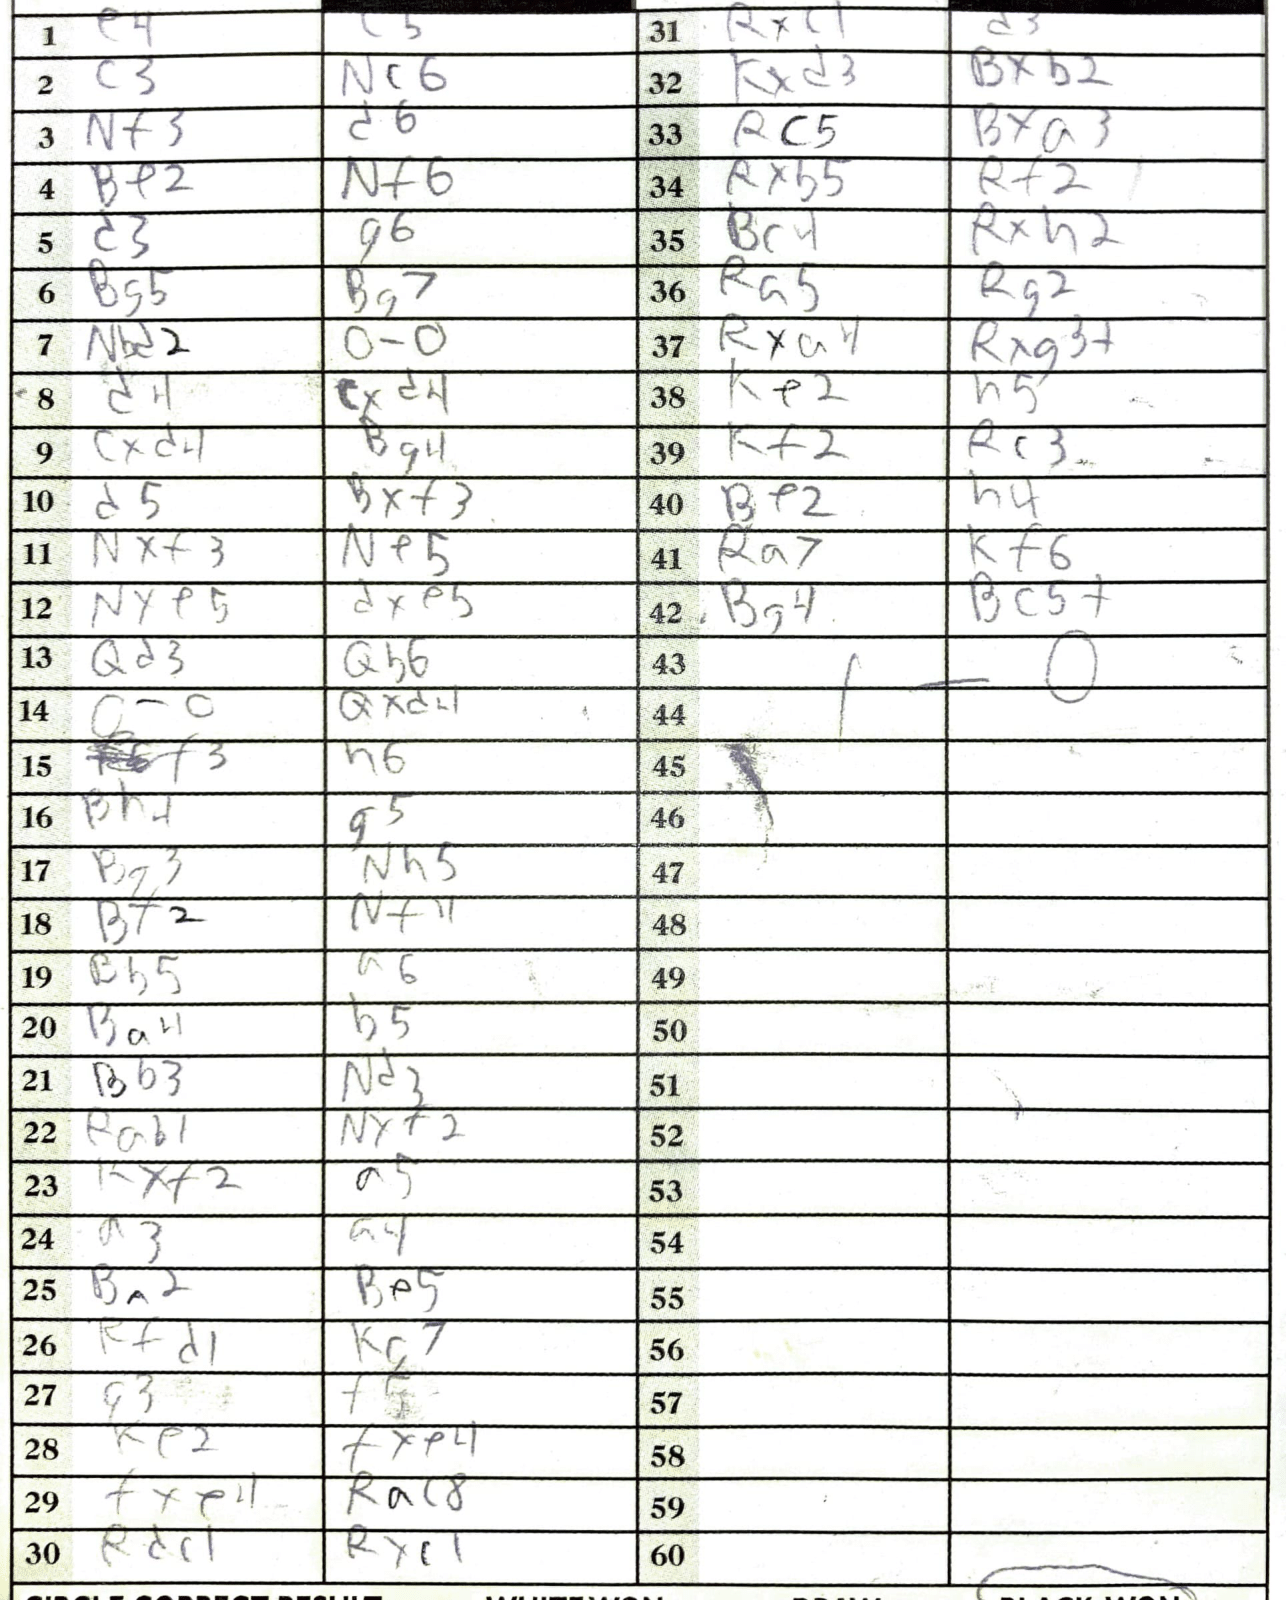
Moves: e4 c5 c3 Nc6 Nf3 d6 Bf2 Nf6 d3 g6 Bg5 Bg7 Nbd2 O-O d4 cxd4 cxd4 Bg4 d5 Bxf3 Nxf3 Ne5 Nxe5 dxe5 Qd3 Qb6 O-O Qxd4 f3 h6 Bh4 g5 Bg3 Nh5 Bf2 Nf4 Bb5 a6 Ba4 b5 Bb3 Nd3 Rab1 Nxf2 Kxf2 a5 a3 a4 Ba2 Be5 Rfd1 Kg7 g3 f5 Ke2 fxe4 fxe4 Rac8 Rdc1 Rxc1 Rxc1 d3 Kxd3 Bxb2 Rc5 Bxa3 Rxb5 Rf2 Bc4 Rxh2 Ra5 Rg2 Rxa4 Rxg3+ Ke2 h5 Kf2 Rc3 Bf2 h4 Ra7 Kf6 Bg4 Bc5+